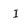
Character: I